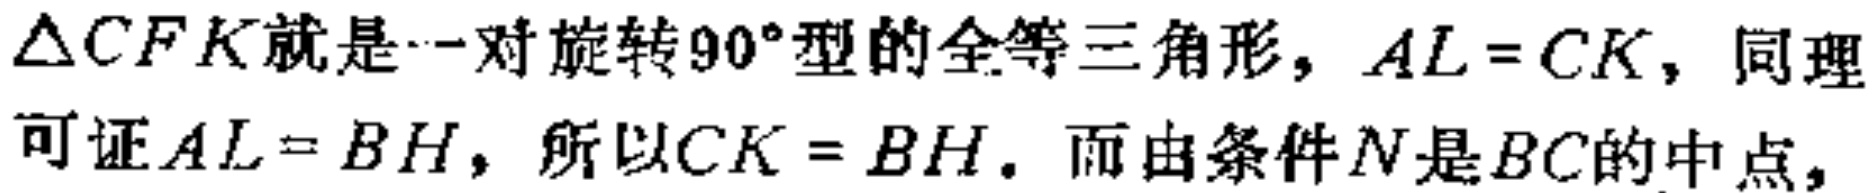
$\triangle CFK就是一对旋转90^{\circ}型的全等三角形，AL = CK，同理\\可证AL = BH，所以CK = BH. 而由条件N是BC的中点，$